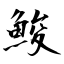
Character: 鮻